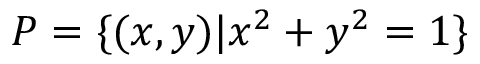
P = \{ ( x , y ) | x ^ { 2 } + y ^ { 2 } = 1 \}